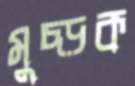
মুচ্‌ড়ক